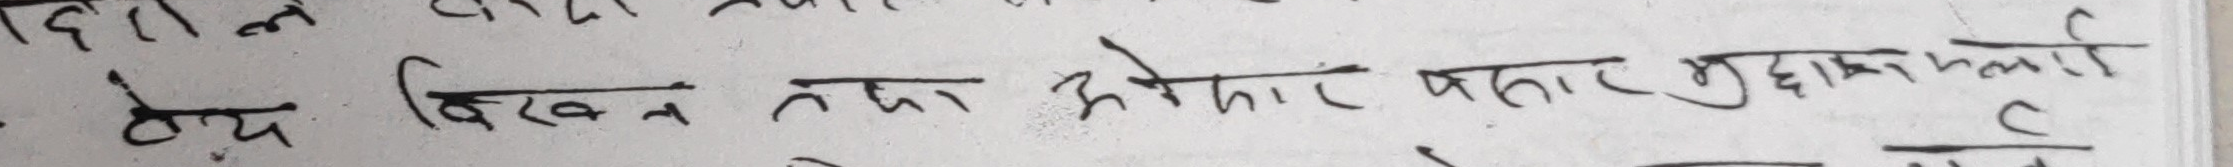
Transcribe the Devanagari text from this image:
ठोस विखन तथा आकार प्रकार मुल्यांकन गर्दा